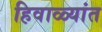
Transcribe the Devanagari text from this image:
हिवाळ्यांत